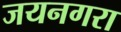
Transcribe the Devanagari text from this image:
जयनगरा